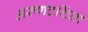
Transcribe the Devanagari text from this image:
अरुणदर्शिता